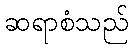
ဆရာစံသည်